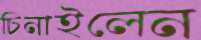
চিনাইলেন